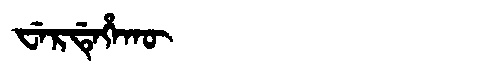
Manchu: ᠸᡝᡵᡩᡝᡥᠠᡴᡡ
Romanization: WERDEHAKŪ